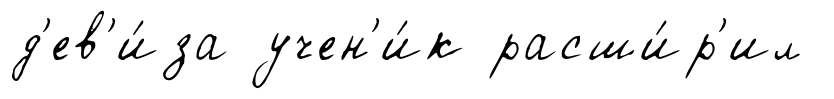
д'ев'и́за учен'и́к расши́р'ил